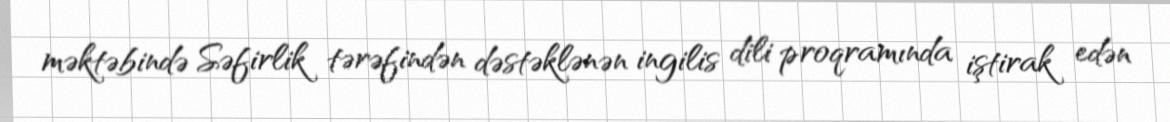
məktəbində Səfirlik tərəfindən dəstəklənən ingilis dili proqramında iştirak edən